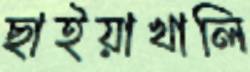
ছাইয়াখালি